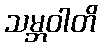
သမ္ဘဝါတိ